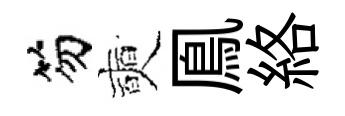
笏奭鳯絡